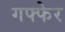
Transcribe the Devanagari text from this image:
गफ्फेर